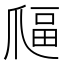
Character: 𤔜